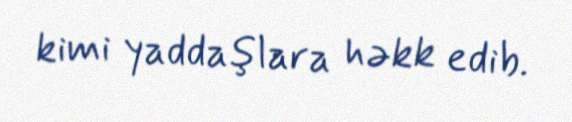
kimi yaddaşlara həkk edib.